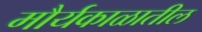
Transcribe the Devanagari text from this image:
मौर्यकाळातील